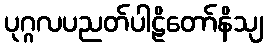
ပုဂ္ဂလပညတ်ပါဠိတော်နိသျ